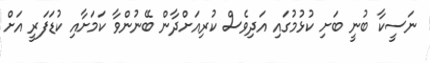
ނަސީކާ ބުނީ ބަށި ކުޅުމުގައި އަދިވެސް ކުރިއަށްދާން ބޭނުންވާ ކަމަށާއި ކުޑަފަރީ އަށް